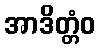
အာဒိတ္တံဝ